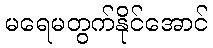
မရေမတွက်နိုင်အောင်